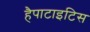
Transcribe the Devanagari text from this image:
हैपाटाइटिस